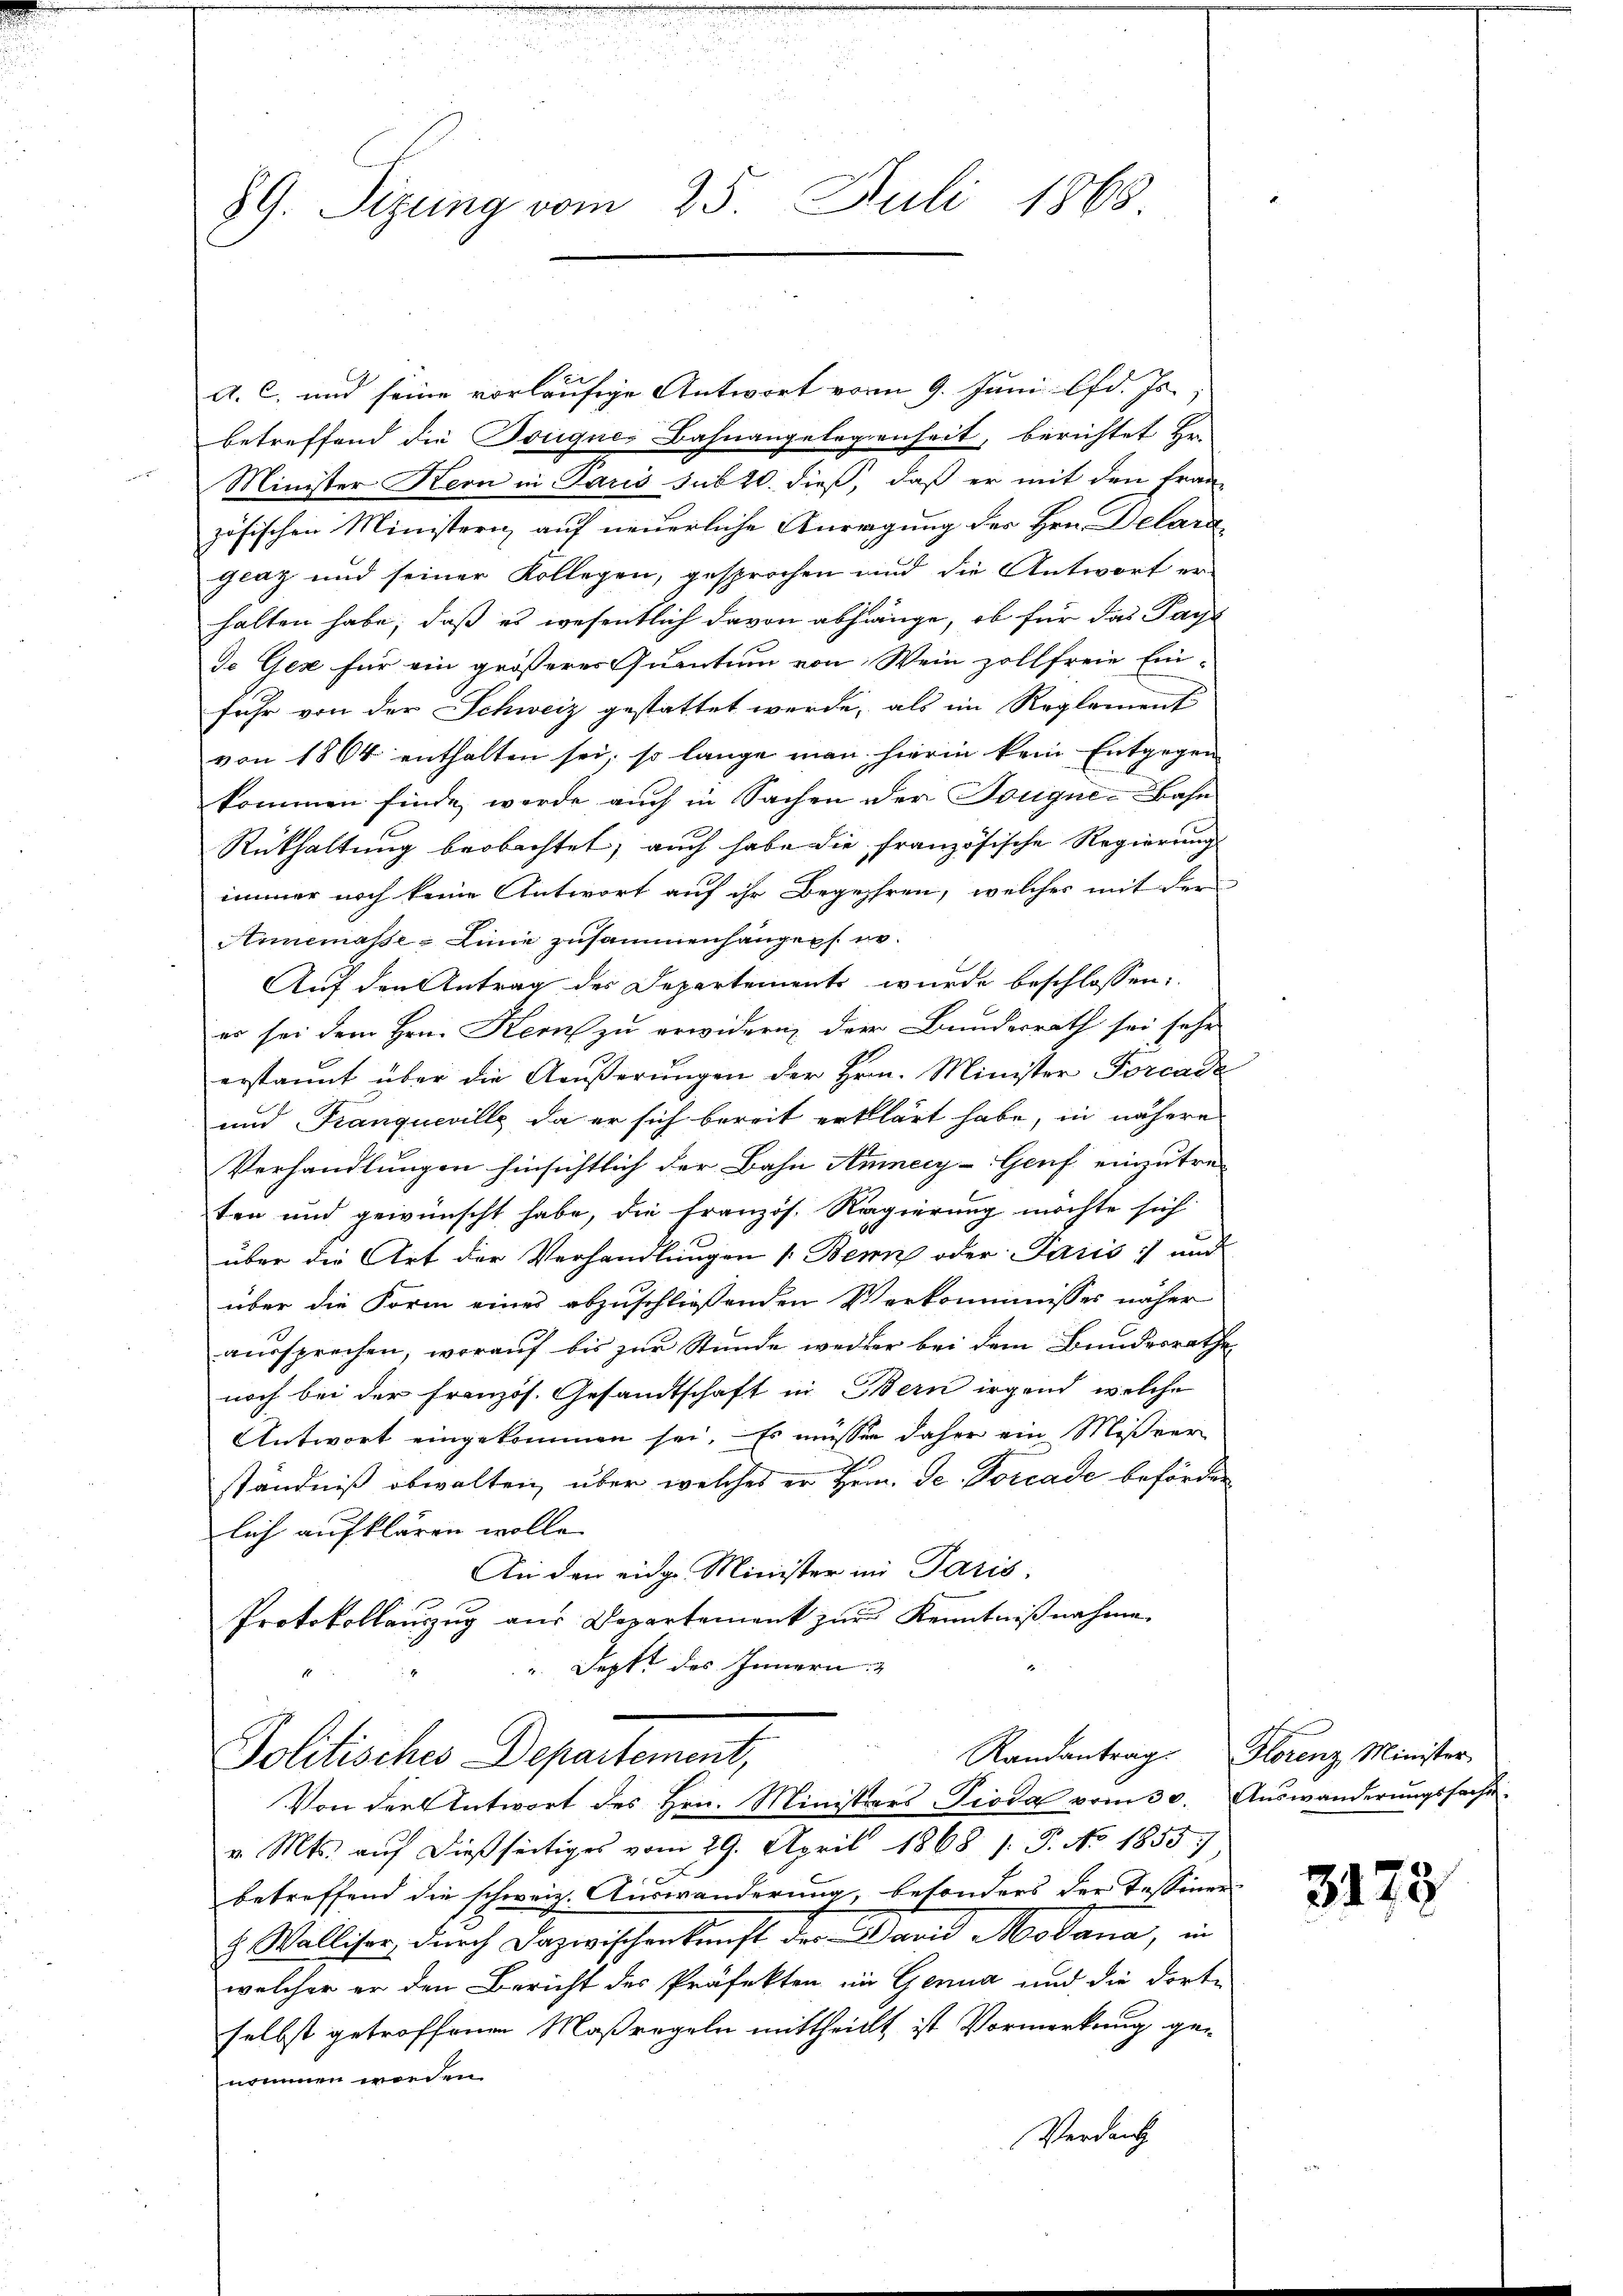
89. Sizung vom 25. Juli 1868

A. C. und seine vorläufige Antwort vom 9. Juni lfd. Js.
betreffend die Dougnes Bahnangelegenheit, berichtet Hr.
Minister Kern in Paris sub 20. dieß, daß er mit den fran-
zösischen Ministern auf neuerliche Anregung des Hrn. Delara
glaz und seiner Kollegen, gesprochen und die Antwort erhalten habe, daß es wesentlich davon abhänge, ob für das Pacht
de Gex für ein größeres Quantum von Wein zollfreie Ein-
fuhr von der Schweiz gestattet werde, als im Reglement
von 1864 enthalten sei, so lange man hierin kein Entgegen
kommen finde, werde auch in Sachen der Sougne-Bahn
Rükhaltung beobachtet; auch habe die französische Regierung
immer noch keine Antwort auf ihr Begehren, welcher mit der
Annemasse Linie zusammenhangers no
Auf den Antrag der Departements wurde beschlossen:
er sei dem Hrn. Kern zu erwidern, der Bundesrath sei sehe
erstannt über die Aeußerungen der Hrn. Minister Forcade
und Tranqueville, da er sich bereit erklärt habe, in nähere
Verhandlungen hinsichtlich der Bahn Anney-Genf einzutre-
ten und gewünscht habe, die Französ. Regierung möchte sich
über die Art der Verhandlungen 1. Bern oder Paris :/ und
über die Form eines abzuschließenden Verkommnisses näher
aussprechen, worauf bis zur Stunde weiter bei dem Bundesrathe
noch bei der Französ. Gesandtschaft in Bern irgend, welche
Antwort eingekommen sei. Es müssen daher ein Mißver
ständniß obwalten, über welches er Hern. Se. Porcade beförden
lich aufklären wolle.
An den eidg. Minister im Paris,
Protokollauszug aus Departement zur Kenntnißnahme
Deptt des Innern.

Randantrag. Florenz Minister
Politisches Departement,
Von der Antwort des Hrn. Ministrars Pioda vom 30. Auswanderungssache

v. Mts. auf dießseitiges vom 29. April 1868 s. P. No 1855
betreffend die schweiz. Auswanderung, besonders der Tessiner¬
& Walliser, durch Dazwischenkunft des David Modana, in
welcher er den Bericht des Präfekten in Genua und die dorte
selbst getroffenen Maßregeln mittheilt ist Vormerkung genommen worden.
Verdank

3178